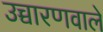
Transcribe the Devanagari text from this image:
उच्चारणवाले